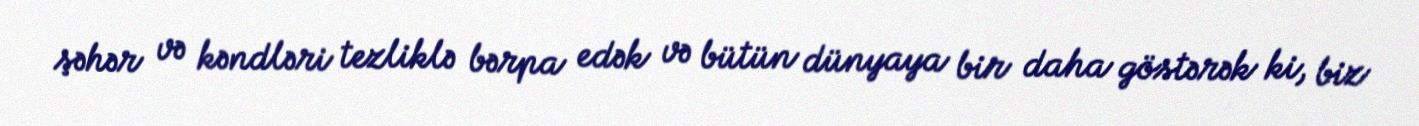
şəhər və kəndləri tezliklə bərpa edək və bütün dünyaya bir daha göstərək ki, biz